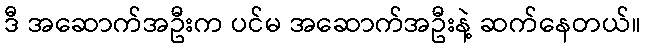
ဒီ အဆောက်အဦးက ပင်မ အဆောက်အဦးနဲ့ ဆက်နေတယ်။